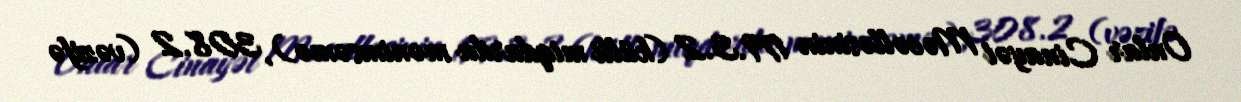
Onlar Cinayət Məcəlləsinin 179.3.2 (külli miqdarda mənimsəmə), 308.2 (vəzifə